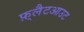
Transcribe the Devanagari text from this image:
फ़्लैटआउट